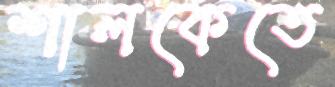
শালকেতে